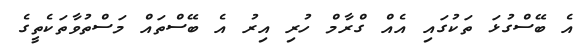
އެ ބޭސްގުޅަ ތަކުގައި އެއް ގްރާމް ހުރި އިރު އެ ބޭސްތައް މަސްތުވާތަކެތީގެ